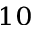
^ { 1 0 }